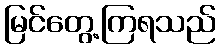
မြင်တွေ့ကြရသည်